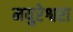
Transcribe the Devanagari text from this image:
मयुरेश्वरा